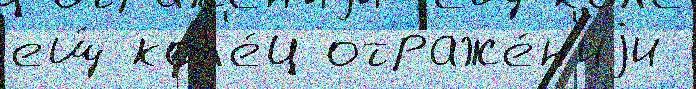
ещ́ кол'е́ц отраже́н'иjи